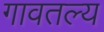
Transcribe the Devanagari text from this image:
गावतल्य